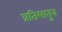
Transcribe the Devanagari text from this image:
प्रतिमातुन